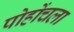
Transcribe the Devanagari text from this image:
पोहोंचला